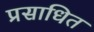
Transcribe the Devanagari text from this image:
प्रसाधित